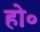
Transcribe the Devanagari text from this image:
हो॰